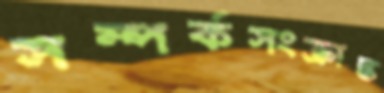
সম্পর্কসংক্রান্ত